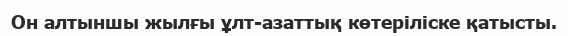
Он алтыншы жылғы ұлт-азаттық көтеріліске қатысты.